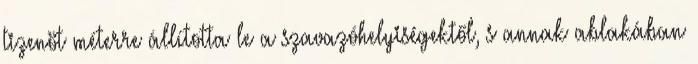
tizenöt méterre állította le a szavazóhelyiségektől, s annak ablakában